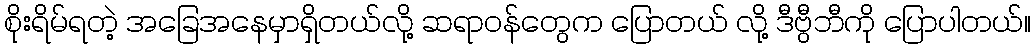
စိုးရိမ်ရတဲ့ အခြေအနေမှာရှိတယ်လို့ ဆရာဝန်တွေက ပြောတယ် လို့ ဒီဗွီဘီကို ပြောပါတယ်။